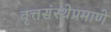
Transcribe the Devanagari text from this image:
वृत्तसंस्थेप्रमाणे